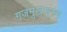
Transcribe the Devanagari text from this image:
गजमुखावरुन